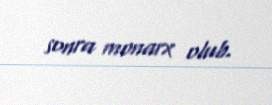
sonra monarx olub.